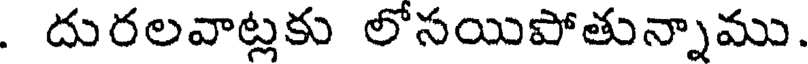
. దురలవాట్లకు లోసయిపోతున్నాము.